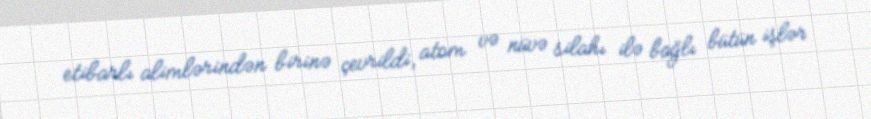
etibarlı alimlərindən birinə çevrildi, atom və nüvə silahı ilə bağlı bütün işlər